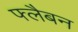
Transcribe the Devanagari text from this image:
फ्लैबन